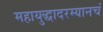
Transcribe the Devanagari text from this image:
महायुद्धादरम्यानचं